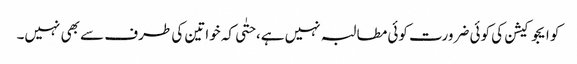
کو ایجوکیشن کی کوئی ضرورت کوئی مطالبہ نہیں ہے، حتٰی کہ خواتین کی طرف سے بھی نہیں۔